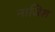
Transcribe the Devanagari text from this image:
नाजिश